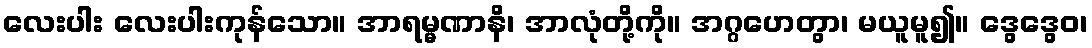
လေးပါး လေးပါးကုန်သော။ အာရမ္မဏာနိ၊ အာလုံတို့ကို။ အဂ္ဂဟေတွာ၊ မယူမူ၍။ ဒွေဒွေဝ၊